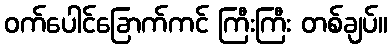
ဝက်ပေါင်ခြောက်ကင် ကြီးကြီး တစ်ချပ်။